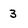
Character: 3